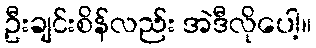
ဦးချင်းစိန်လည်း အဲဒီလိုပေါ့။